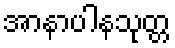
အာနာပါနသုတ္တ